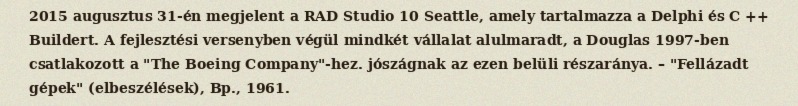
2015 augusztus 31-én megjelent a RAD Studio 10 Seattle, amely tartalmazza a Delphi és C ++ Buildert. A fejlesztési versenyben végül mindkét vállalat alulmaradt, a Douglas 1997-ben csatlakozott a "The Boeing Company"-hez. jószágnak az ezen belüli részaránya. – "Fellázadt gépek" (elbeszélések), Bp., 1961.